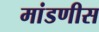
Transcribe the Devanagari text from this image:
मांडणीस